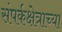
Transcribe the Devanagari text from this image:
संपर्कक्षेत्राच्या